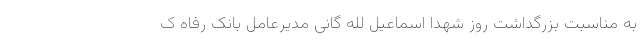
به مناسبت بزرگداشت روز شهدا اسماعیل لله گانی مدیرعامل بانک رفاه ک